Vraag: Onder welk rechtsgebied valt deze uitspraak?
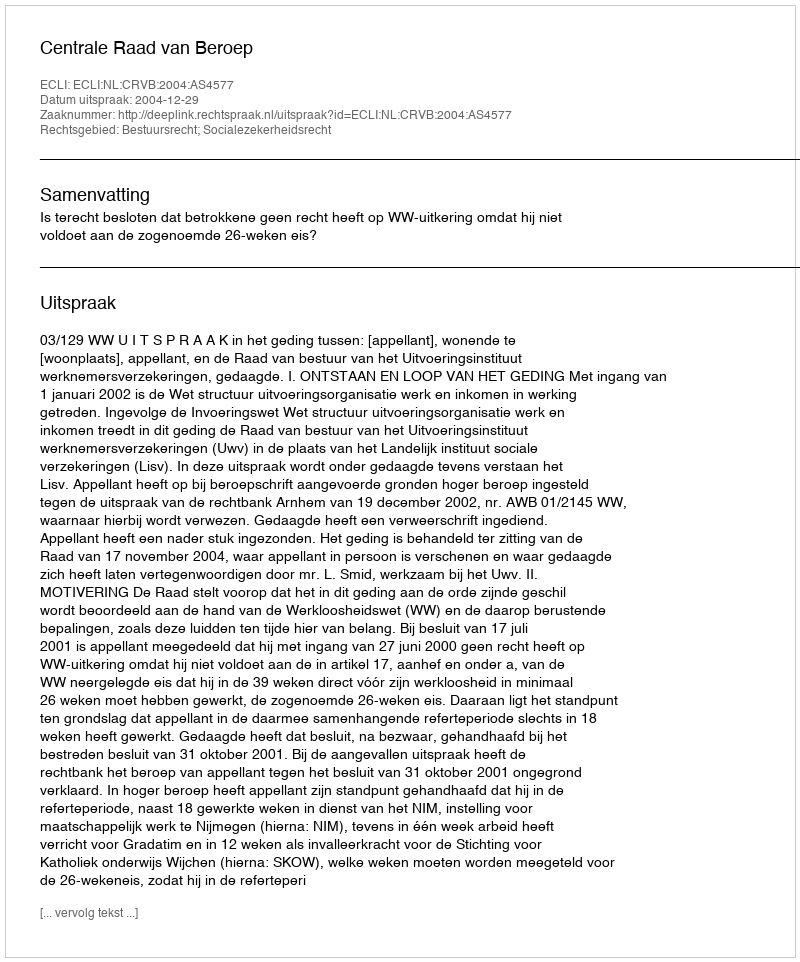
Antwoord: Bestuursrecht; Socialezekerheidsrecht